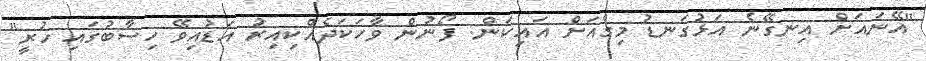
"އޭނައަށް އިނގޭނެ އަޅުގަނޑު މިގެއަށް އައިކަން. ފޯނުން ވާހަކަދެއްކިއިރު އަޑުއިވޭ ހިސާބުގައި ހުރީ"